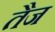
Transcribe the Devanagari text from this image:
तैज